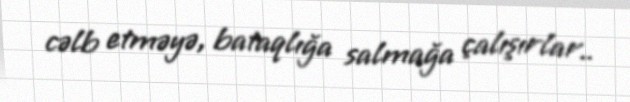
cəlb etməyə, bataqlığa salmağa çalışırlar..